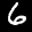
Label: 6